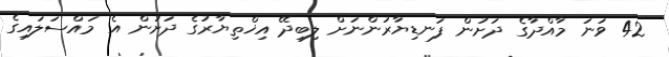
42 ވަނަ މާއްދާގެ ދަށުން ފަނޑިޔާރުންނަށް ލިބިދޭ އިޚްތިޔާރުގެ ދަށުން އެ މައްސަލައިގެ